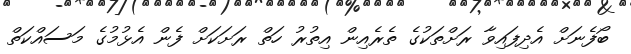
ބޯފެނަށް އެދިފައިވާ ރަށްތަކުގެ ތެރެއިން އިތުރު ހަތް ރަށަކަށް ފެން އެޅުމުގެ މަސައްކަތް